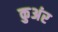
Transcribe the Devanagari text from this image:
कुअंर